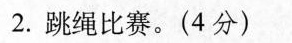
2.跳绳比赛。(4分)